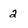
Character: 2